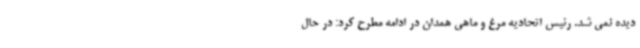
دیده نمی شد. رئیس اتحادیه مرغ و ماهی همدان در ادامه مطرح کرد: در حال